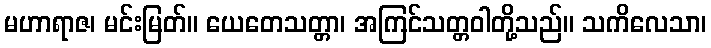
မဟာရာဇ၊ မင်းမြတ်။ ယေတေသတ္တာ၊ အကြင်သတ္တဝါတို့သည်။ သကိလေသာ၊